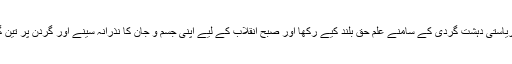
17 جون کو انہوں نے ریاستی دہشت گردی کے سامنے عَلم حق بلند کیے رکھا اور صبح انقلاب کے لیے اپنی جسم و جان کا نذرانہ سینے اور گردن پر تین گولیاں کھا کر ادا کر دیا۔